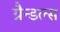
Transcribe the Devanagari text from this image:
ग्रैन्डल्स